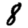
Digit: 8